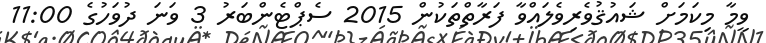
ވީމާ މިކަމަށް ޝައުޤުވެރިވެލައްވާ ފަރާތްތަކުން 2015 ސެޕްޓެންބަރު 3 ވަނަ ދުވަހުގެ 11:00